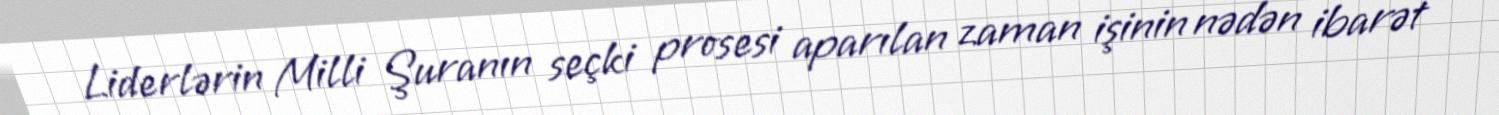
Liderlərin Milli Şuranın seçki prosesi aparılan zaman işinin nədən ibarət